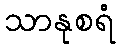
သာနုစရံ